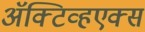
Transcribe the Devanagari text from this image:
ॲक्टिव्हएक्स